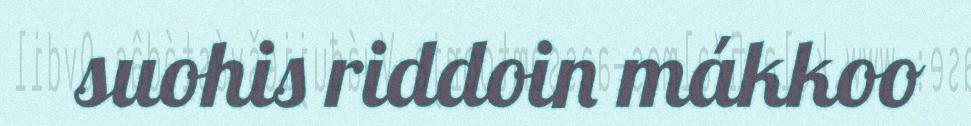
suohis riddoin mákkoo